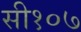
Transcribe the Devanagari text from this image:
सी१०७